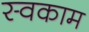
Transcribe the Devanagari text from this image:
स्वकाम